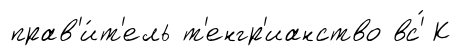
прав'и́т'ель т'енгр'ианство вс'́ К